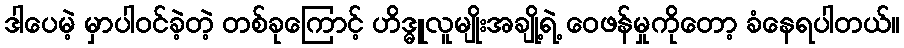
ဒါပေမဲ့ မှာပါဝင်ခဲ့တဲ့ တစ်ခုကြောင့် ဟိဒ္ဓူလူမျိုးအချို့ရဲ့ ဝေဖန်မှုကိုတော့ ခံနေရပါတယ်။